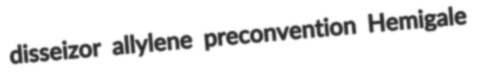
disseizor allylene preconvention Hemigale